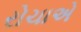
રોચાએ